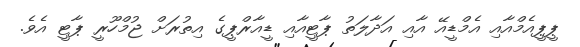
ޕީޕީއެމްއާއި އެމްޑީއޭ އާއި އަދާލަތު ޕާޓީއާއި ޑީއާރްޕީގެ އިތުރަށް ޖުމްހޫރީ ޕާޓީ އެވެ.